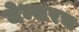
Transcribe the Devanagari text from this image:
येम्सरच